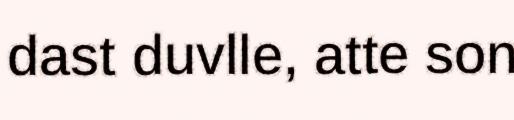
dast duvlle, atte son